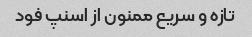
تازه و سریع ممنون از اسنپ فود